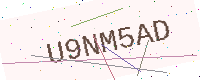
Text: U9NM5AD